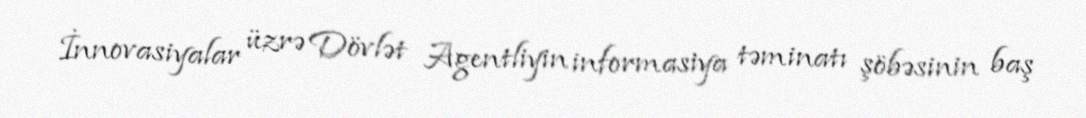
İnnovasiyalar üzrə Dövlət Agentliyin informasiya təminatı şöbəsinin baş